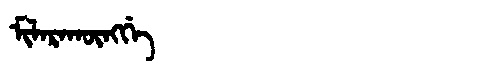
Manchu: ᠮᡳᠯᠠᡵᠠᡴᡡᠩᡤᡝ
Romanization: MILARAKŪNGGE